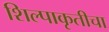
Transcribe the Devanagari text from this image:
शिल्पाकृतीचा